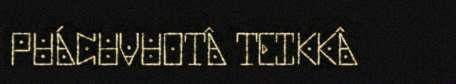
PUÁCUVUOTÂ TEIKKÂ